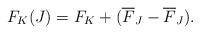
LaTeX: \begin{align*} F_K (J) = F_K + ( \overline{F}_J - \overline{F}_J ) .\end{align*}